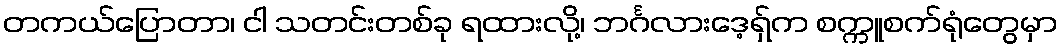
တကယ်ပြောတာ၊ ငါ သတင်းတစ်ခု ရထားလို့၊ ဘင်္ဂလားဒေ့ရှ်က စက္ကူစက်ရုံတွေမှာ